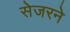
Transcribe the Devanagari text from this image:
सेजरने